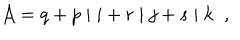
{ \cal A } = q + p \; \vert \; i + r \; \vert \; j + s \; \vert \; k \; \; ,